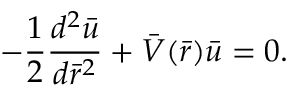
- \frac { 1 } { 2 } \frac { d ^ { 2 } \bar { u } } { d \bar { r } ^ { 2 } } + \bar { V } ( \bar { r } ) \bar { u } = 0 .